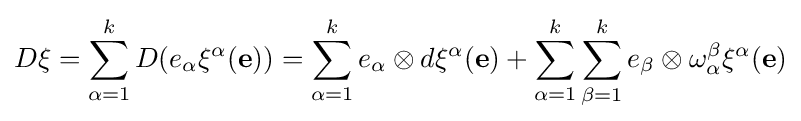
D\xi =\sum _{\alpha =1}^{k}D(e_{\alpha }\xi ^{\alpha }(\mathbf {e} ))=\sum _{\alpha =1}^{k}e_{\alpha }\otimes d\xi ^{\alpha }(\mathbf {e} )+\sum _{\alpha =1}^{k}\sum _{\beta =1}^{k}e_{\beta }\otimes \omega _{\alpha }^{\beta }\xi ^{\alpha }(\mathbf {e} )